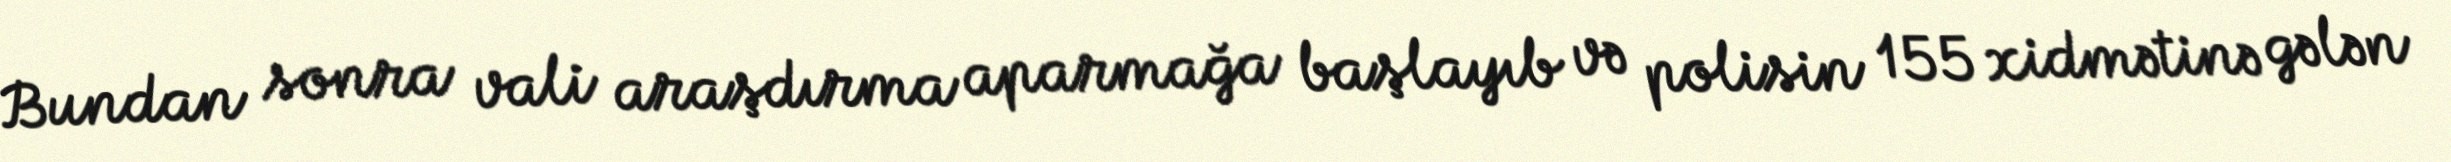
Bundan sonra vali araşdırma aparmağa başlayıb və polisin 155 xidmətinə gələn